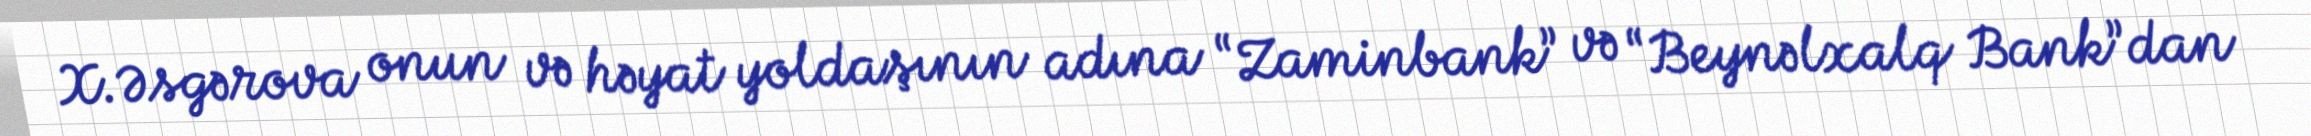
X.Əsgərova onun və həyat yoldaşının adına “Zaminbank” və “Beynəlxalq Bank”dan